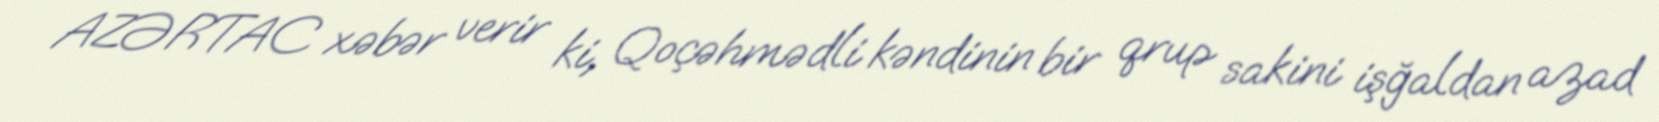
AZƏRTAC xəbər verir ki, Qoçəhmədli kəndinin bir qrup sakini işğaldan azad